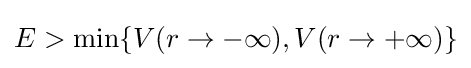
E>\operatorname {min} \{V(r\to -\infty ),V(r\to +\infty )\}